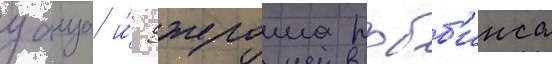
уаиза и́ джерома робб'инса